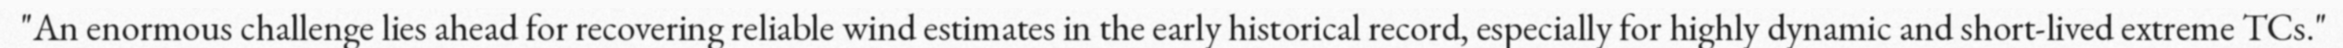
"An enormous challenge lies ahead for recovering reliable wind estimates in the early historical record, especially for highly dynamic and short-lived extreme TCs."